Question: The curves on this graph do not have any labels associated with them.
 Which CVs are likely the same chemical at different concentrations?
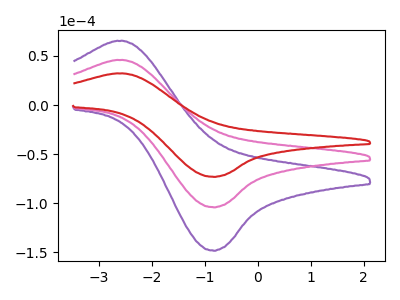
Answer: <think>The purple curve "purple" has an anodic peak at (-2.60V, 91.55uA) and a cathodic peak at (-0.85V, -208.40uA). The pink curve "pink" has an anodic peak at (-2.60V, 45.80uA) and a cathodic peak at (-0.85V, -104.20uA). The red curve "red" has an anodic peak at (-2.60V, 32.15uA) and a cathodic peak at (-0.85V, -73.15uA).
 All the peaks in "purple" have a peak in "pink" at the same potential. Every peak in "purple" is higher than every peak in "pink". All the peaks in "purple" have a peak in "red" at the same potential. Every peak in "purple" is higher than every peak in "red". All the peaks in "pink" have a peak in "red" at the same potential. Every peak in "pink" is higher than every peak in "red".</think>
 <answer>"red", "purple" and "pink" have the same shape and are likely CV's of the same chemical.</answer>
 <eval>"red" "purple" "pink"</eval>